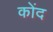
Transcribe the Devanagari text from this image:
कोंद